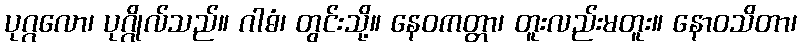
ပုဂ္ဂလော၊ ပုဂ္ဂိုလ်သည်။ ဂါဓံ၊ တွင်းသို့။ နေဝကတ္တာ၊ တူးလည်းမတူး။ နောဝသိတာ၊